Annual report of the Punjab Veterinary College and of the Civil Veterinary Department, Punjab - 1909-1919
Year: 1909
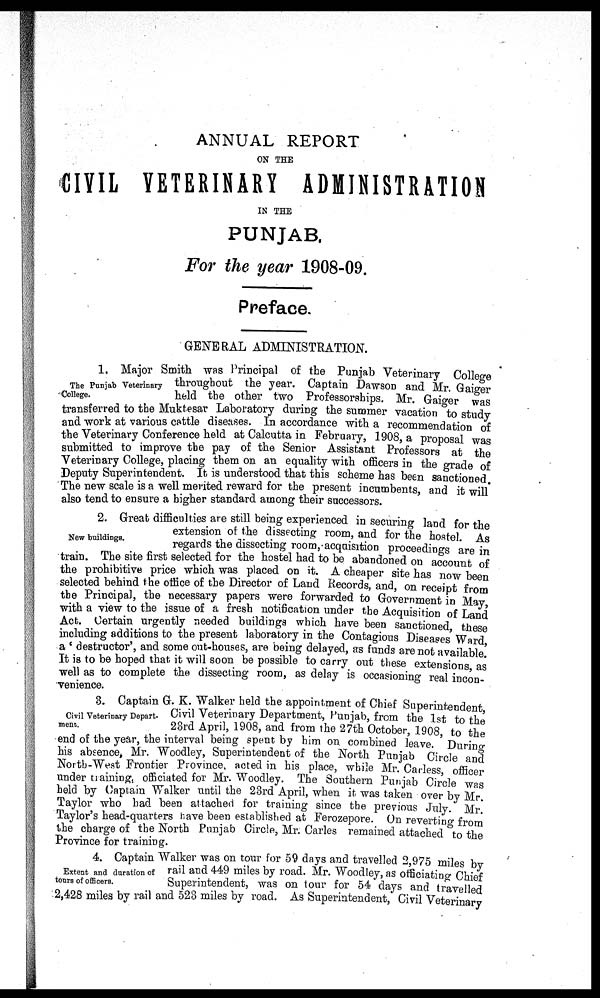
ANNUAL REPORT
ON THE
CIVIL VETERINARY ADMINISTRATION
IN THE
PUNJAB,
For the year 1908-09.
Preface.
GENERAL ADMINISTRATION.
The Punjab Veterinary
College.
1. Major Smith was Principal of the Punjab Veterinary College
throughout the year. Captain Dawson and Mr Gaiger
held the other two Professorships. Mr. Gaiger was
transferred to the Muktesar Laboratory during the summer vacation to study
and work at various cattle diseases. In accordance with a recommendation of
the Veterinary Conference held at Calcutta in February, 1908, a proposal was
submitted to improve the pay of the Senior Assistant Professors at the
Veterinary College, placing them on an equality with officers in the grade of
Deputy Superintendent. It is understood that this scheme has been sanctioned.
The new scale is a well merited reward for the present incumbents, and it will
also tend to ensure a higher standard among their successors.
New buildings.
2. Great difficulties are still being experienced in securing land for the
extension of the dissecting room, and for the hostel As
regards the dissecting room, acquisition proceedings are in
train. The site first selected for the hostel had to be abandoned on account of
the prohibitive price which was placed on it. A cheaper site has now been
selected behind the office of the Director of Land Records, and, on receipt from
the Principal, the necessary papers were forwarded to Government in May,
with a view to the issue of a fresh notification under the Acquisition of Land
Act. Certain urgently needed buildings which have been sanctioned these
including additions to the present laboratory in the Contagious Diseases Ward,
a 'destructor', and some out-houses, are being delayed, as funds are not available.
It is to be hoped that it will soon be possible to carry out these extensions, as
well as to complete the dissecting room, as delay is occasioning real incon-
venience.
Civil Veterinary Depart-
ment.
3. Captain G. K. Walker held the appointment of Chief Superintendent,
Civil Veterinary Department, Punjab, from the 1st to the
23rd April, 1908, and from the 27th October, 1908 to the
end of the year, the interval being spent by him on combined leave. During
his absence, Mr. Woodley, Superintendent of the North Punjab Circle and
North-West Frontier Province, acted in his place, while Mr. Carless, officer
under training, officiated for Mr. Woodley. The Southern Punjab Circle was
held by Captain Walker until the 23rd April, when it was taken over by Mr.
Taylor who had been attached for training since the previous July Mr.
Taylor's head-quarters have been established at Ferozepore. On reverting from
the charge of the North Punjab Circle, Mr. Carles remained attached to the
Province for training.
Extent and duration of
tours of officers.
4. Captain Walker was on tour for 59 days and travelled 2,975 miles by
rail and 449 miles by road. Mr. Woodley, as officiating Chief
Superintendent, was on tour for 54 days and travelled
2,428 miles by rail and 523 miles by road. As Superintendent, Civil Veterinary